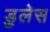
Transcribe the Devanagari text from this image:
डुलेस